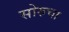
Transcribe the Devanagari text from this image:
सोरुचा